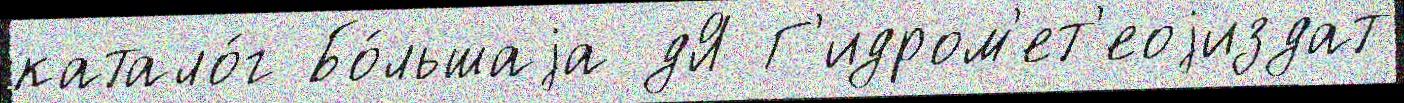
катало́г Бо́льшаjа дЯ Г'идром'ет'еоjиздат